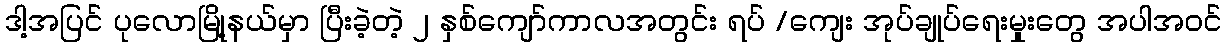
ဒါ့အပြင် ပုလောမြို့နယ်မှာ ပြီးခဲ့တဲ့ ၂ နှစ်ကျော်ကာလအတွင်း ရပ် /ကျေး အုပ်ချုပ်ရေးမှုးတွေ အပါအဝင်